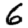
Digit: 6